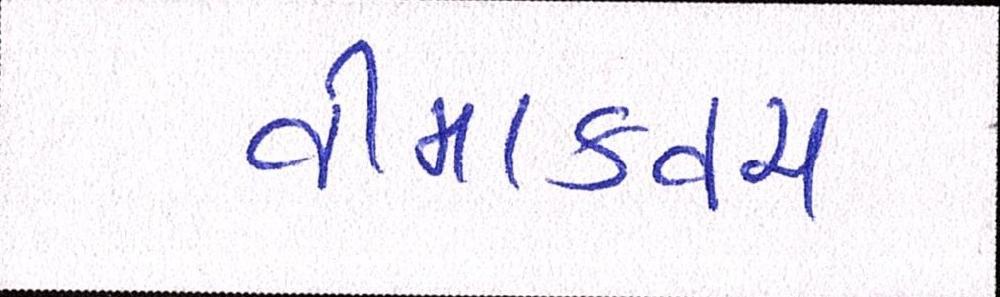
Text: વીમાકવચ